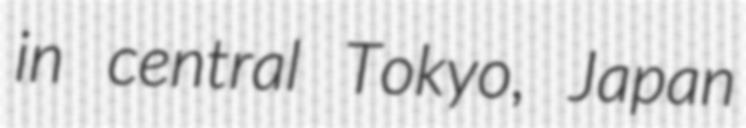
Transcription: in central Tokyo, Japan